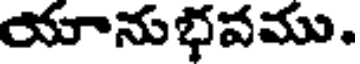
యానుభవము.